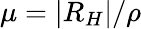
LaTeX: \mu=|R_{H}|/\rho